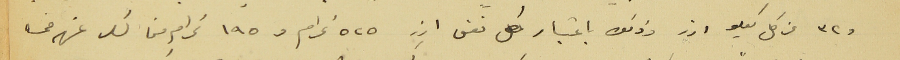
و ٣٢ عن كل كيلو ارز وذلك باعتبار كل نفس ارز ٥٢٥ غرام و ١٩٥ غرام من السكر عنهم خمسه